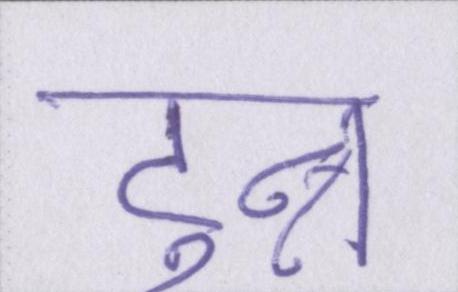
टुन्न